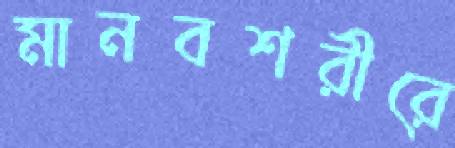
মানবশরীরে